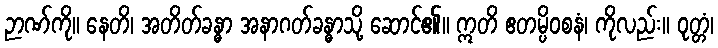
ဉာဏ်ကို။ နေတိ၊ အတိတ်ခန္ဓာ အနာဂတ်ခန္ဓာသို့ ဆောင်၏။ ဣတိ ဧတမ္ပိဝစနံ၊ ကိုလည်း။ ဝုတ္တံ၊